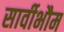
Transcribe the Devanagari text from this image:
सार्वीभौम